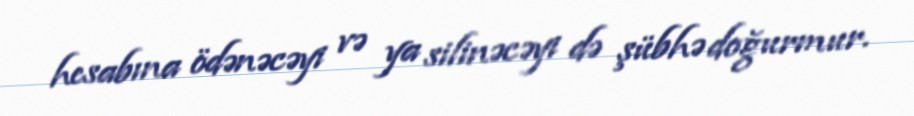
hesabına ödənəcəyi və ya silinəcəyi də şübhə doğurmur.